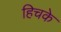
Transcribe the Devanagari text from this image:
हिचके